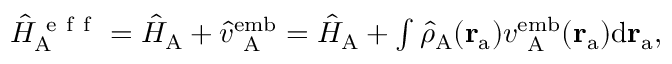
\begin{array} { r } { \hat { H } _ { \mathrm { A } } ^ { \mathrm { ~ e ~ f ~ f ~ } } = \hat { H } _ { \mathrm { A } } + \hat { v } _ { \mathrm { ~ A ~ } } ^ { \mathrm { e m b } } = \hat { H } _ { \mathrm { A } } + \int \hat { \rho } _ { \mathrm { A } } ( \mathbf { r } _ { \mathrm { a } } ) { v } _ { \mathrm { ~ A ~ } } ^ { \mathrm { e m b } } ( \mathbf { r } _ { \mathrm { a } } ) \mathrm { d } \mathbf { r } _ { \mathrm { a } } , } \end{array}